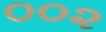
૦૦૨